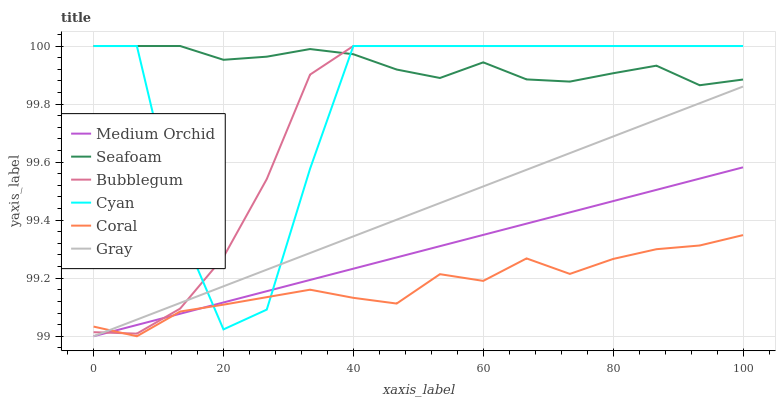
| xaxis_label | Medium Orchid | Seafoam | Bubblegum | Cyan | Coral | Gray |
 | --- | --- | --- | --- | --- | --- | --- |
 | 0 | 99 | 100 | 99 | 100 | 99 | 99 |
 | 6.67 | 99 | 100 | 99 | 100 | 99 | 99.1 |
 | 13.3 | 99.1 | 100 | 99.1 | 99.4 | 99.1 | 99.1 |
 | 20 | 99.1 | 100 | 99.3 | 99 | 99.1 | 99.2 |
 | 26.7 | 99.2 | 100 | 99.5 | 99.1 | 99.1 | 99.2 |
 | 33.3 | 99.2 | 100 | 99.9 | 99.6 | 99.2 | 99.3 |
 | 40 | 99.2 | 100 | 100 | 100 | 99.1 | 99.3 |
 | 46.7 | 99.3 | 99.9 | 100 | 100 | 99.1 | 99.4 |
 | 53.3 | 99.3 | 99.9 | 100 | 100 | 99.2 | 99.5 |
 | 60 | 99.3 | 99.9 | 100 | 100 | 99.2 | 99.5 |
 | 66.7 | 99.4 | 99.9 | 100 | 100 | 99.3 | 99.6 |
 | 73.3 | 99.4 | 99.9 | 100 | 100 | 99.2 | 99.6 |
 | 80 | 99.5 | 99.9 | 100 | 100 | 99.3 | 99.7 |
 | 86.7 | 99.5 | 99.9 | 100 | 100 | 99.3 | 99.7 |
 | 93.3 | 99.5 | 99.9 | 100 | 100 | 99.3 | 99.8 |
 | 100 | 99.6 | 99.9 | 100 | 100 | 99.3 | 99.9 |